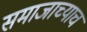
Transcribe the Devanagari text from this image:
समाजाच्याच